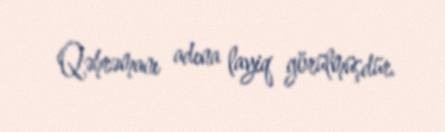
Qəhrəmanı adına layiq görülmüşdür.